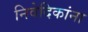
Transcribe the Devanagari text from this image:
निवेदिकांना